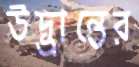
উদ্ভ্রান্তের